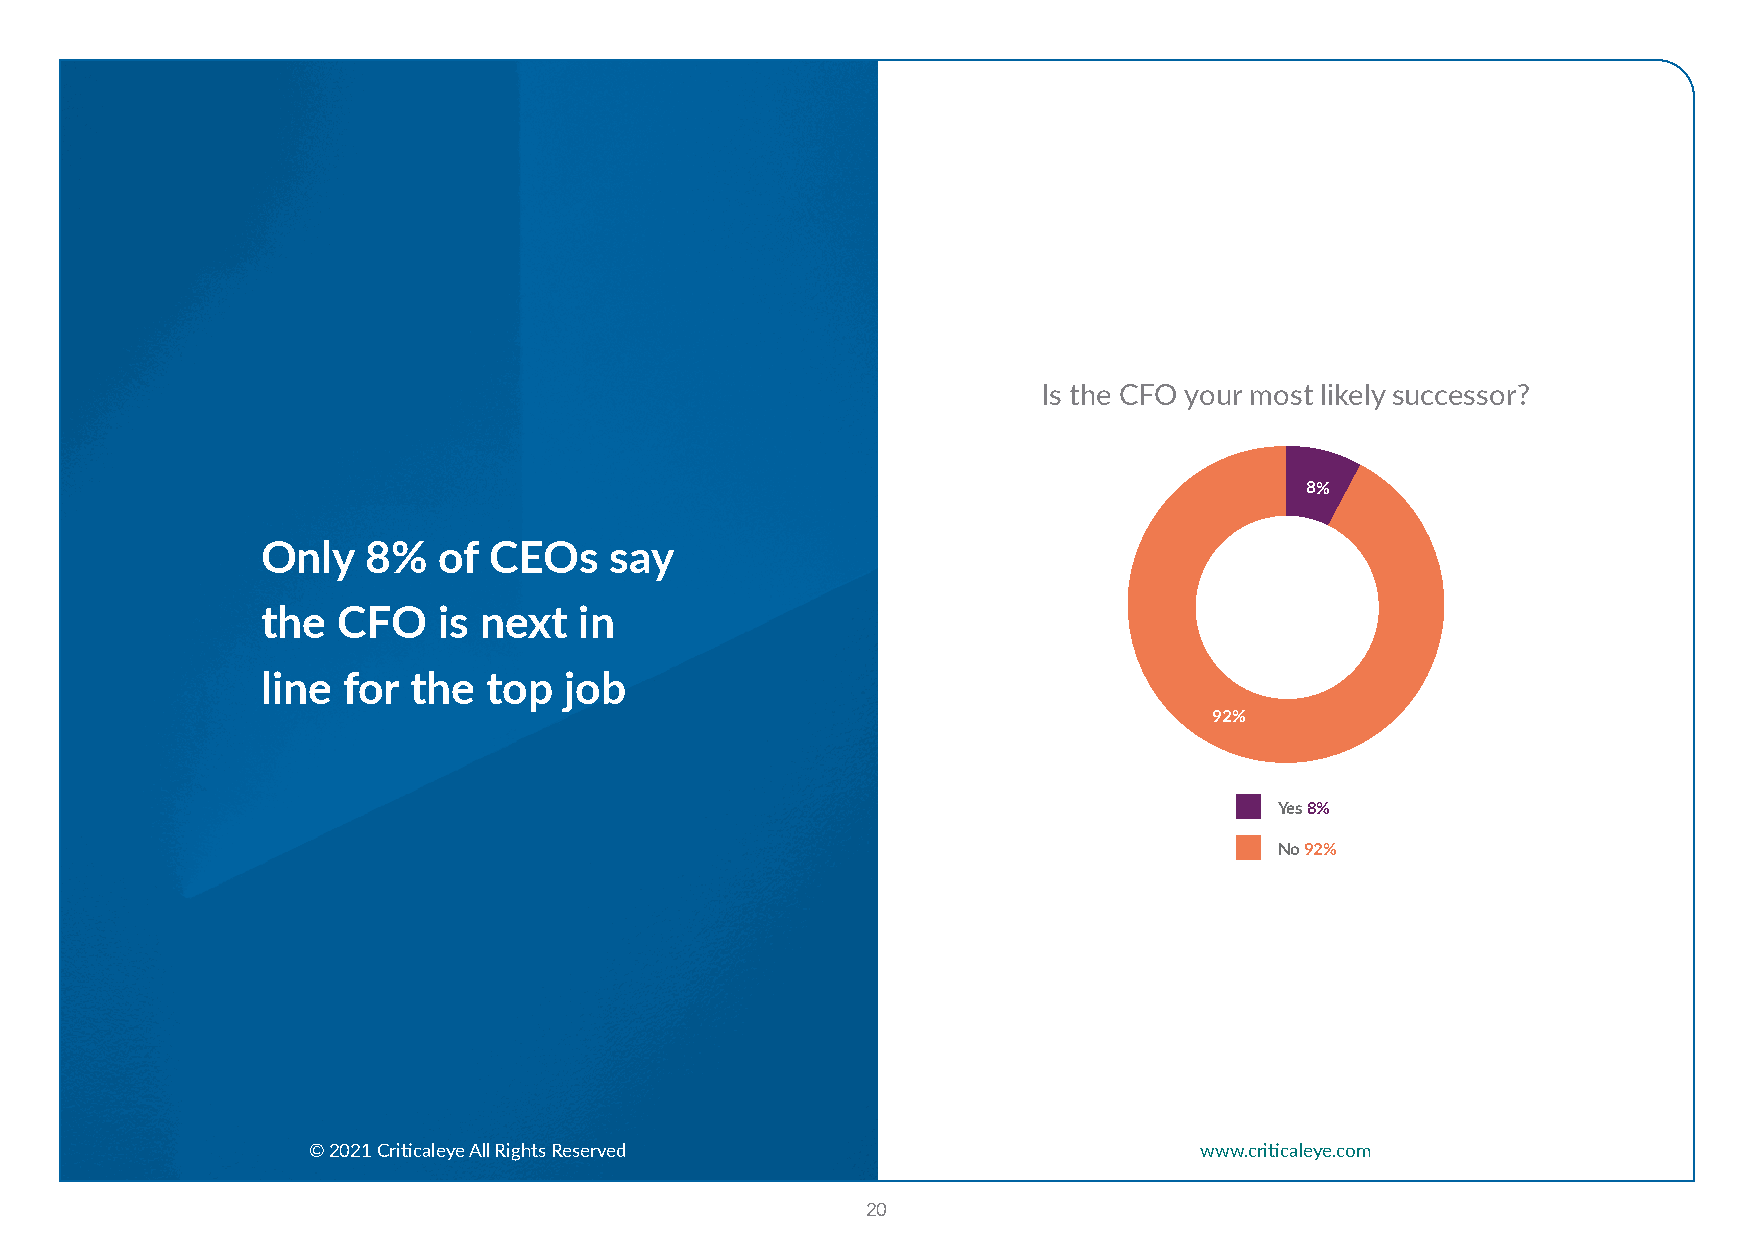
Is the CFO your most likely successor?
 8%
 Only   8%   of CEOs    say
 the  CFO    is next  in
 line  for the  top  job
 92%
 Yes 8%
 No 92%
 © 2021 Criticaleye All Rights Reserved                     www.criticaleye.com
 20